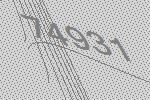
74931